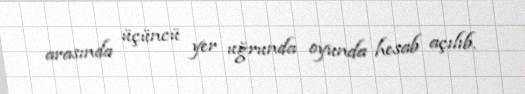
arasında üçüncü yer uğrunda oyunda hesab açılıb.